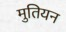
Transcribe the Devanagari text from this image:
मुतियन